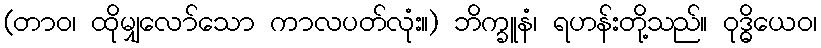
(တာဝ၊ ထိုမျှလော်သော ကာလပတ်လုံး။) ဘိက္ခူနံ၊ ရဟန်းတို့သည်။ ဝုဒ္ဓိယေဝ၊